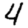
Digit: 4